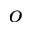
^ o